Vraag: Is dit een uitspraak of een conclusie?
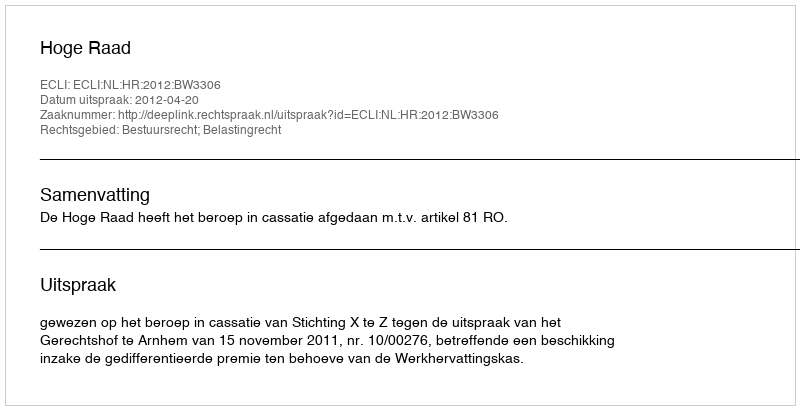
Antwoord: Uitspraak